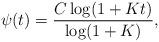
LaTeX: \begin{align*} \psi(t) = \frac{C\log(1+Kt)}{\log(1+K)}, \end{align*}